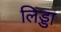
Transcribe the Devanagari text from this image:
लिड्डा